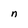
Character: n